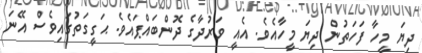
ދިޔަ މީހާ ފަހަތުން ދިޔަ މީހާއެވެ. އެއީ ވަރުދާގެ ދޮންބައްޕައެވެ. ޙަގީގަތުގައިވެސް އޭނަ